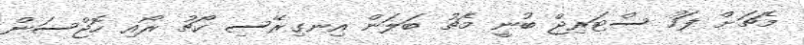
މެޗަށް ފަހު ސްޓަރިޖް ބުނީ މެޗު ބަލަން އިނގިރޭސި ކޯޗު ރޯއި ހޮޖްސަން